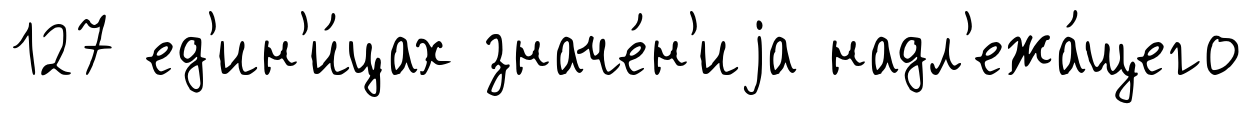
127 ед'ин'и́цах значе́н'иjа надл'ежа́щего